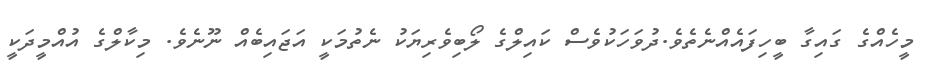
މީހެއްގެ ގައިގާ ބީހިފައެއްނެތެވެ.ދުވަހަކުވެސް ކައިލްގެ ލޯބިވެރިޔަކު ނެތުމަކީ އަޖައިބެއް ނޫނެވެ. މިކާލްގެ އުއްމީދަކީ